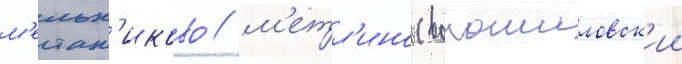
м'ельн'иково / м'етл'ино (ворошиловск'ии